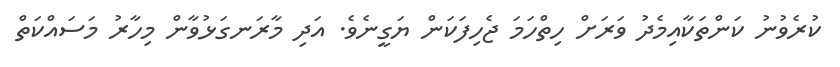
ކުރެވުނު ކަންތަކާއިމެދު ވަރަށް ހިތްހަމަ ޖެހިފަކަން ޔަގީނެވެ. އަދި މާރަނގަޅުވާން މިހާރު މަސައްކަތް